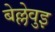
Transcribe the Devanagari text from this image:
बेल्लेवुइ